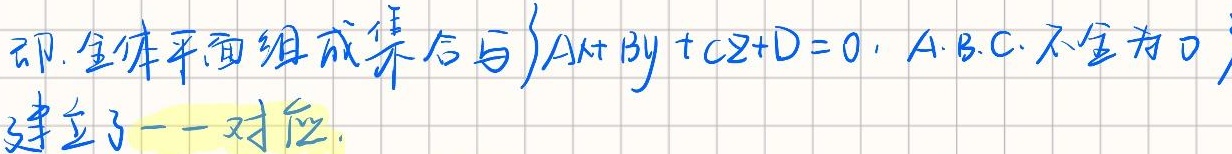
即，全体平面组成集合与\(\{Ax + By + Cz + D = 0\mid A,B,C\text{ 不全为 }0\}\)建立了一一对应。